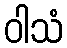
ဝါသံ